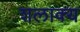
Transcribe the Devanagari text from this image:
शलाक्य